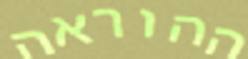
ההוראה